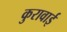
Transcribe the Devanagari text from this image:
कुरावाई